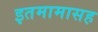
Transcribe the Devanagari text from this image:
इतमामासह